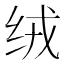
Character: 绒